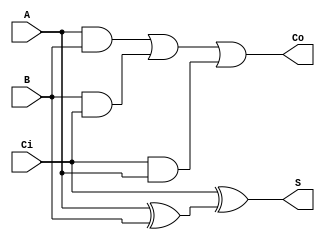
module fulladder(A,B,Ci,S,Co);
input A,B,Ci;
output S,Co;
wire w1,w2,w3,w4,w5;
xor G1(w1,A,B);
xor G2(S,Ci,w1);
and G3(w2,A,B);
and G4(w3,B,Ci);
and G5(w4,Ci,A);
or G6(w5,w2,w3);
or G7(Co,w5,w4);
endmodule